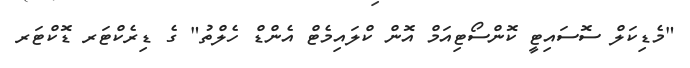
"މެޑިކަލް ސޮސައިޓީ ކޮންސޯޓިއަމް އޮން ކްލައިމެޓް އެންޑް ހެލްތު" ގެ ޑިރެކްޓަރ ޑޮކްޓަރ